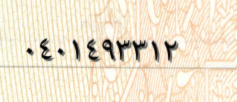
٠٤٠١٤٩٣٣١٢